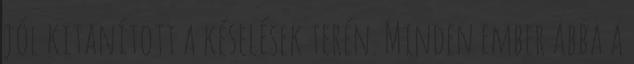
jól kitanított a késelések terén. Minden ember abba a